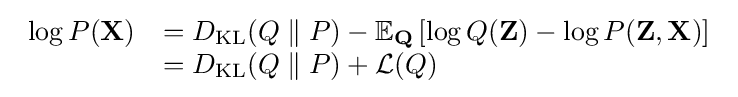
{\begin{array}{rl}\log P(\mathbf {X} )&=D_{\mathrm {KL} }(Q\parallel P)-\mathbb {E} _{\mathbf {Q} }\left[\log Q(\mathbf {Z} )-\log P(\mathbf {Z} ,\mathbf {X} )\right]\\&=D_{\mathrm {KL} }(Q\parallel P)+{\mathcal {L}}(Q)\end{array}}